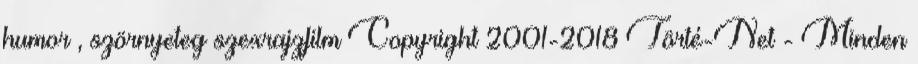
humor , szörnyeteg szexrajzfilm Copyright 2001-2018 Törté-Net - Minden